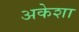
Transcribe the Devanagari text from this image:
अकेशा